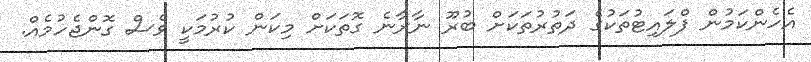
އެހެންކަމުން ފްލައިޓުތަކުގެ ދަތުރުތަކަށް ބުރޫ ނާރާނެ ގޮތަކަށް މިކަން ކުރުމަކީ ވެސް ގޮންޖެހުމެއް.